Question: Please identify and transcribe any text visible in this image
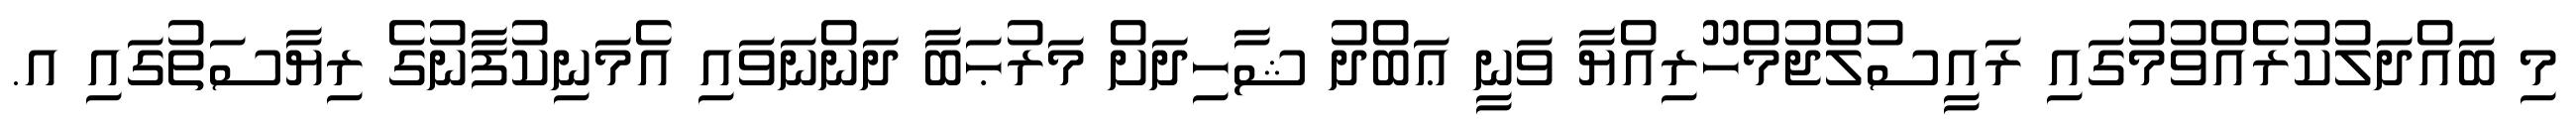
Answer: މި ބައްދަލުކުރެއްވުމުގައި ރައީސުލްޖުމްހޫރިއްޔާ ވަނީ ޢަބްދު ޝާހިދަށް މަރުޙަބާ ދަންނަވައި އެމަނިކުފާނުގެ ރިޔާސަތުގައި އ.